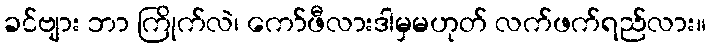
ခင်ဗျား ဘာ ကြိုက်လဲ၊ ကော်ဖီလားဒါမှမဟုတ် လက်ဖက်ရည်လား။